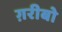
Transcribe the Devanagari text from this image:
ग़रीबो